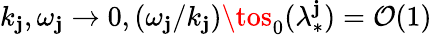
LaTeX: k_{\mathbf{j}},\omega_{\mathbf{j}}\to0,(\omega_{\mathbf{j}}/k_{\mathbf{j}})\tos_{0}(\lambda_{*}^{\mathbf{j}})=\mathcal{{O}}(1)